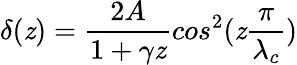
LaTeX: \delta(\mathit{z})=\frac{{2A}}{{1+\gamma\mathit{z}}}cos^{2}(\mathit{z}\frac{{\pi}}{{\lambda_{c}}})